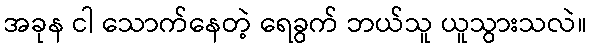
အခုန ငါ သောက်နေတဲ့ ရေခွက် ဘယ်သူ ယူသွားသလဲ။